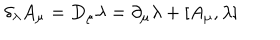
\delta _ { \lambda } A _ { \mu } = D _ { \mu } \lambda = \partial _ { \mu } \lambda + [ A _ { \mu } , \lambda ]